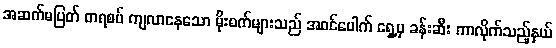
အဆက်မပြတ် တရစပ် ကျလာနေသော မိုးစက်များသည် အဝင်ပေါက် ရှေ့မှ ခန်းဆီး ကာလိုက်သည့်နှယ်